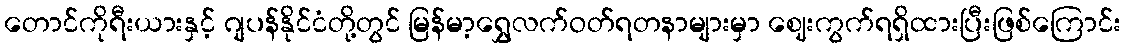
တောင်ကိုရီးယားနှင့် ဂျပန်နိုင်ငံတို့တွင် မြန်မာ့ရွှေလက်ဝတ်ရတနာများမှာ ဈေးကွက်ရရှိထားပြီးဖြစ်ကြောင်း